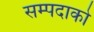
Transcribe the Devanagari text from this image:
सम्पदाको